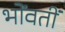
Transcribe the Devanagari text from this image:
भोंवतीं